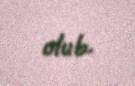
olub.